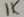
Text: 1K